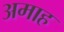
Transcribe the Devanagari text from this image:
अमाह